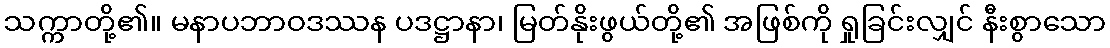
သက္ကာတို့၏။ မနာပဘာဝဒဿန ပဒဋ္ဌာနာ၊ မြတ်နိုးဖွယ်တို့၏ အဖြစ်ကို ရှုခြင်းလျှင် နီးစွာသော